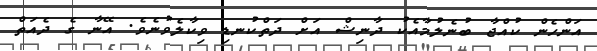
އަންހެން ކުއްޖާ ބުނެލުމާއެކު ދާނިޝް އަށް ދަތްކުނޑި ވިކާލެވުނެވެ. އޭނާ ގެ ދެއަތް